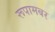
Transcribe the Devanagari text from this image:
रूपामबर